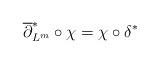
LaTeX: \begin{align*}\overline\partial_{L^m}^*\circ \chi=\chi\circ \delta^*\end{align*}